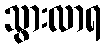
သွားလာရ